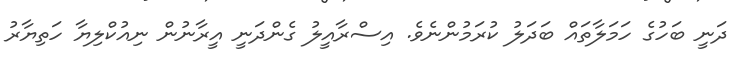
ދަނީ ބަހުގެ ހަމަލާތައް ބަދަލު ކުރަމުންނެވެ. އިސްރާއީލު ގެންދަނީ އީރާނުން ނިއުކްލިޔާ ހަތިޔާރު